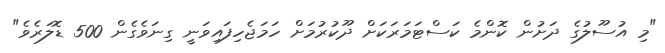
"މި އުސޫލުގެ ދަށުން ކޮންމެ ކަސްޓަމަރަކަށް ދޫކުރުމަށް ހަމަޖެހިފައިވަނީ ގިނަވެގެން 500 ޑޮލަރެވެ"